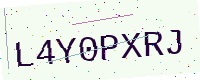
Text: L4Y0PXRJ